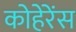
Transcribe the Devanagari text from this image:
कोहेरेंस